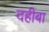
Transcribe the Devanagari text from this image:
दहीबा